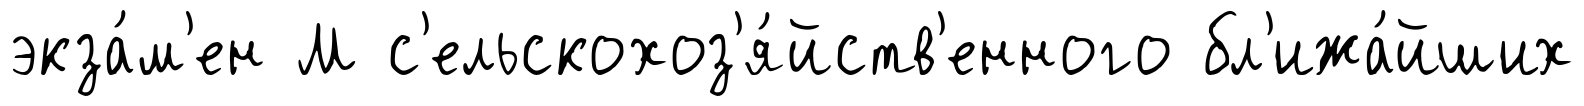
экза́м'ен М с'ельскохоз'я́йств'енного бл'ижа́йших